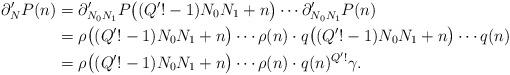
LaTeX: \begin{align*} \partial'_{N}P(n) & = \partial'_{N_0N_1}P \big( (Q'! - 1)N_0N_1 + n \big) \cdots \partial'_{N_0N_1}P (n) \\ &= \rho \big( (Q'! - 1)N_0N_1 + n \big) \cdots \rho (n) \cdot q \big( (Q'! - 1)N_0N_1 + n \big) \cdots q (n) \\ &= \rho \big( (Q'! - 1)N_0N_1 + n \big) \cdots \rho (n) \cdot q(n)^{Q'!} \gamma.\end{align*}